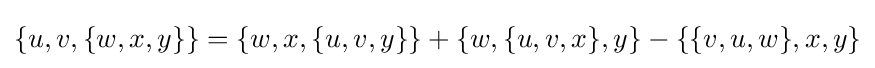
\{u,v,\{w,x,y\}\}=\{w,x,\{u,v,y\}\}+\{w,\{u,v,x\},y\}-\{\{v,u,w\},x,y\}